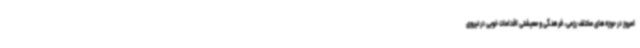
امروز در حوزه‌های مختلف رزمی، فرهنگی و معیشتی اقدامات خوبی در نیروی